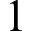
1